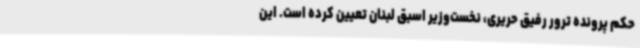
حکم پرونده ترور رفیق حریری، نخست‌وزیر اسبق لبنان تعیین کرده است. این